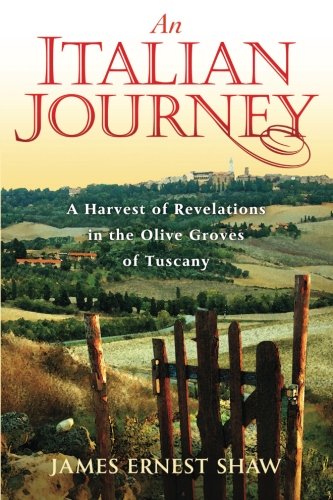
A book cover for An Italian Journey ~ A Harvest of Revelations in the Olive Groves of Tuscany ~ A Pretty Girl, Seven Tuscan Farmers, and a Roberto Rossellini Film ~ Bella Scoperta; James Ernest Shaw; Travel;